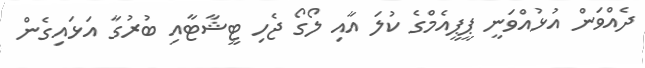
ދެއްވަން އުޅުއްވަނީ ޕީޕީއެމްގެ ކުލަ އާއި ލޯގޯ ޖެހި ޓީޝާޓާއި ބުރުގާ އަޅައިގެން